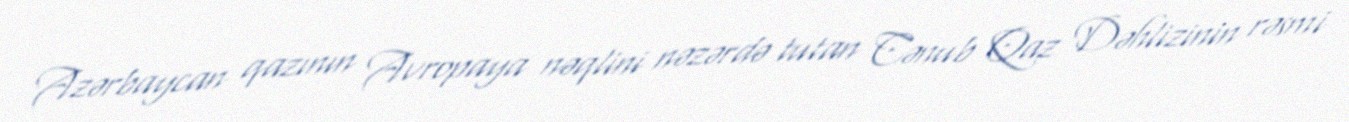
Azərbaycan qazının Avropaya nəqlini nəzərdə tutan Cənub Qaz Dəhlizinin rəsmi